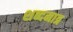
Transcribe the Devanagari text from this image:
शब्दमात्र